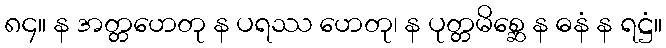
၈၄။ န အတ္တဟေတု န ပရဿ ဟေတု၊ န ပုတ္တမိစ္ဆေ န ဓနံ န ရဋ္ဌံ။